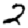
Digit: 2